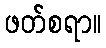
ဖတ်စရာ။